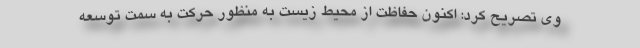
وی تصریح کرد: اکنون حفاظت از محیط زیست به منظور حرکت به سمت توسعه